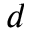
d